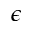
\epsilon